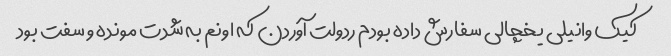
کیک وانیلی یخچالی سفارش داده بودم ردولت آوردن که اونم به شدت مونده و سفت بود